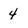
Character: 4